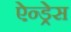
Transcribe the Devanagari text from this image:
ऐन्‍ड्रेस